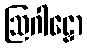
ဩဂါဠှော